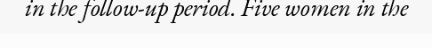
in the follow-up period. Five women in the